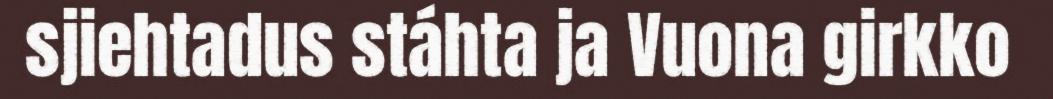
sjiehtadus stáhta ja Vuona girkko